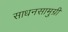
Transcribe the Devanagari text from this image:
साधनसामुग्री